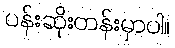
ပန်းဆိုးတန်းမှာပါ။